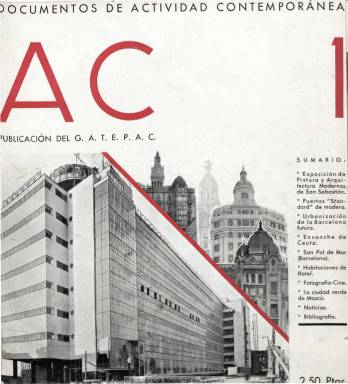
Título: AC. Documentos de actividad contemporánea
Otros títulos: A.C. || A.C. Documentos de actividad contemporánea || Documentos de actividad contemporánea
Colección: Arquitectura y construcción
Ámbito geográfico: Barcelona
Lugar de publicación: Barcelona Madrid San Sebastián
Fechas: 01/01/1931-31/12/1935

Órgano del Grupo de Artistas y Técnicos Españoles para el Progreso de la Arquitectura (GATEAC), fundado en Zaragoza en 1930, que sirve de medio de expresión del movimiento racionalista en la arquitectura que representa Le Corbusier y las vanguardias plásticas y artísticas durante la década de los treinta del siglo veinte y en el marco de la II República Española.

Contiene artículos, crónicas, informaciones y noticias sobre arquitectura, urbanismo, materiales constructivos, diseño interior y gráfico, mobiliario, arte, pintura, exposiciones y congresos, además de una sección bibliográfica, otra de cine y fotografía y publicidad comercial relativa a esta temática. Profusamente ilustrada con dibujos, planos, bocetos, y fotografías. Dedicó monográficos, como el dedicado a la arquitectura popular.

El GATEAC, vinculada a Picasso, Dalí o Miró, representó a España en el Comité International pour la realisatión d’Architecture contemporaine (CIRPAC), y tuvo grupos en Barcelona, Madrid y San Sebastián, llevando a cabo numerosos estudios y actividades. En la revista da conocer los proyectos y obras arquitectónicas de los miembros del grupo y difunde obras de los más destacados arquitectos vanguardistas internacionales de entre guerras.

El acrónimo del título debe corresponder a “Arquitectura Contemporánea”. De periodicidad trimestral, la BNE dispone de los primeros 18 números de los 25 que fueron editados hasta junio de 1937. En 2008, en el Museo Nacional Centro de Arte Reina Sofía se realizó una exposición sobre esta revista, que fue editada en facsímil en 1975.